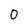
Character: 0